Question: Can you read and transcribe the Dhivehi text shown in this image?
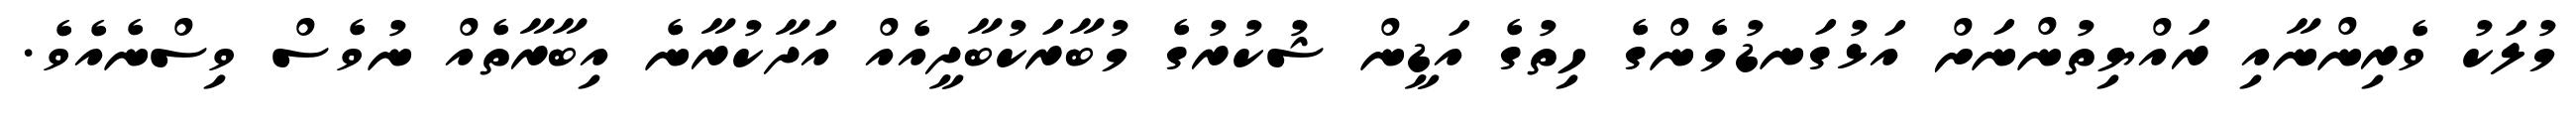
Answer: މުލަކު ވެރިންނާއި ރައްޔިތުންނަށް އަޅުގަނޑުމެންގެ ހިތުގެ އަޑީން ޝުކުރުގެ މުބާރަކުބާދީއެއް އަދާކުރާނެ އިބާރާތެއް ނުވެސް ވިސްނެއެވެ.